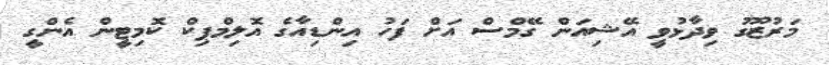
މަރުޒޫގު ވިދާޅުވީ އޭޝިއަން ގޭމްސް އަށް ފަހު އިންޑިއާގެ އޮލިމްޕިކް ކޮމިޓީން އެންގީ